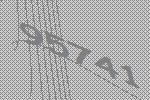
95741